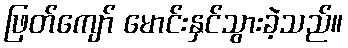
ဖြတ်ကျော် မောင်းနှင်သွားခဲ့သည်။